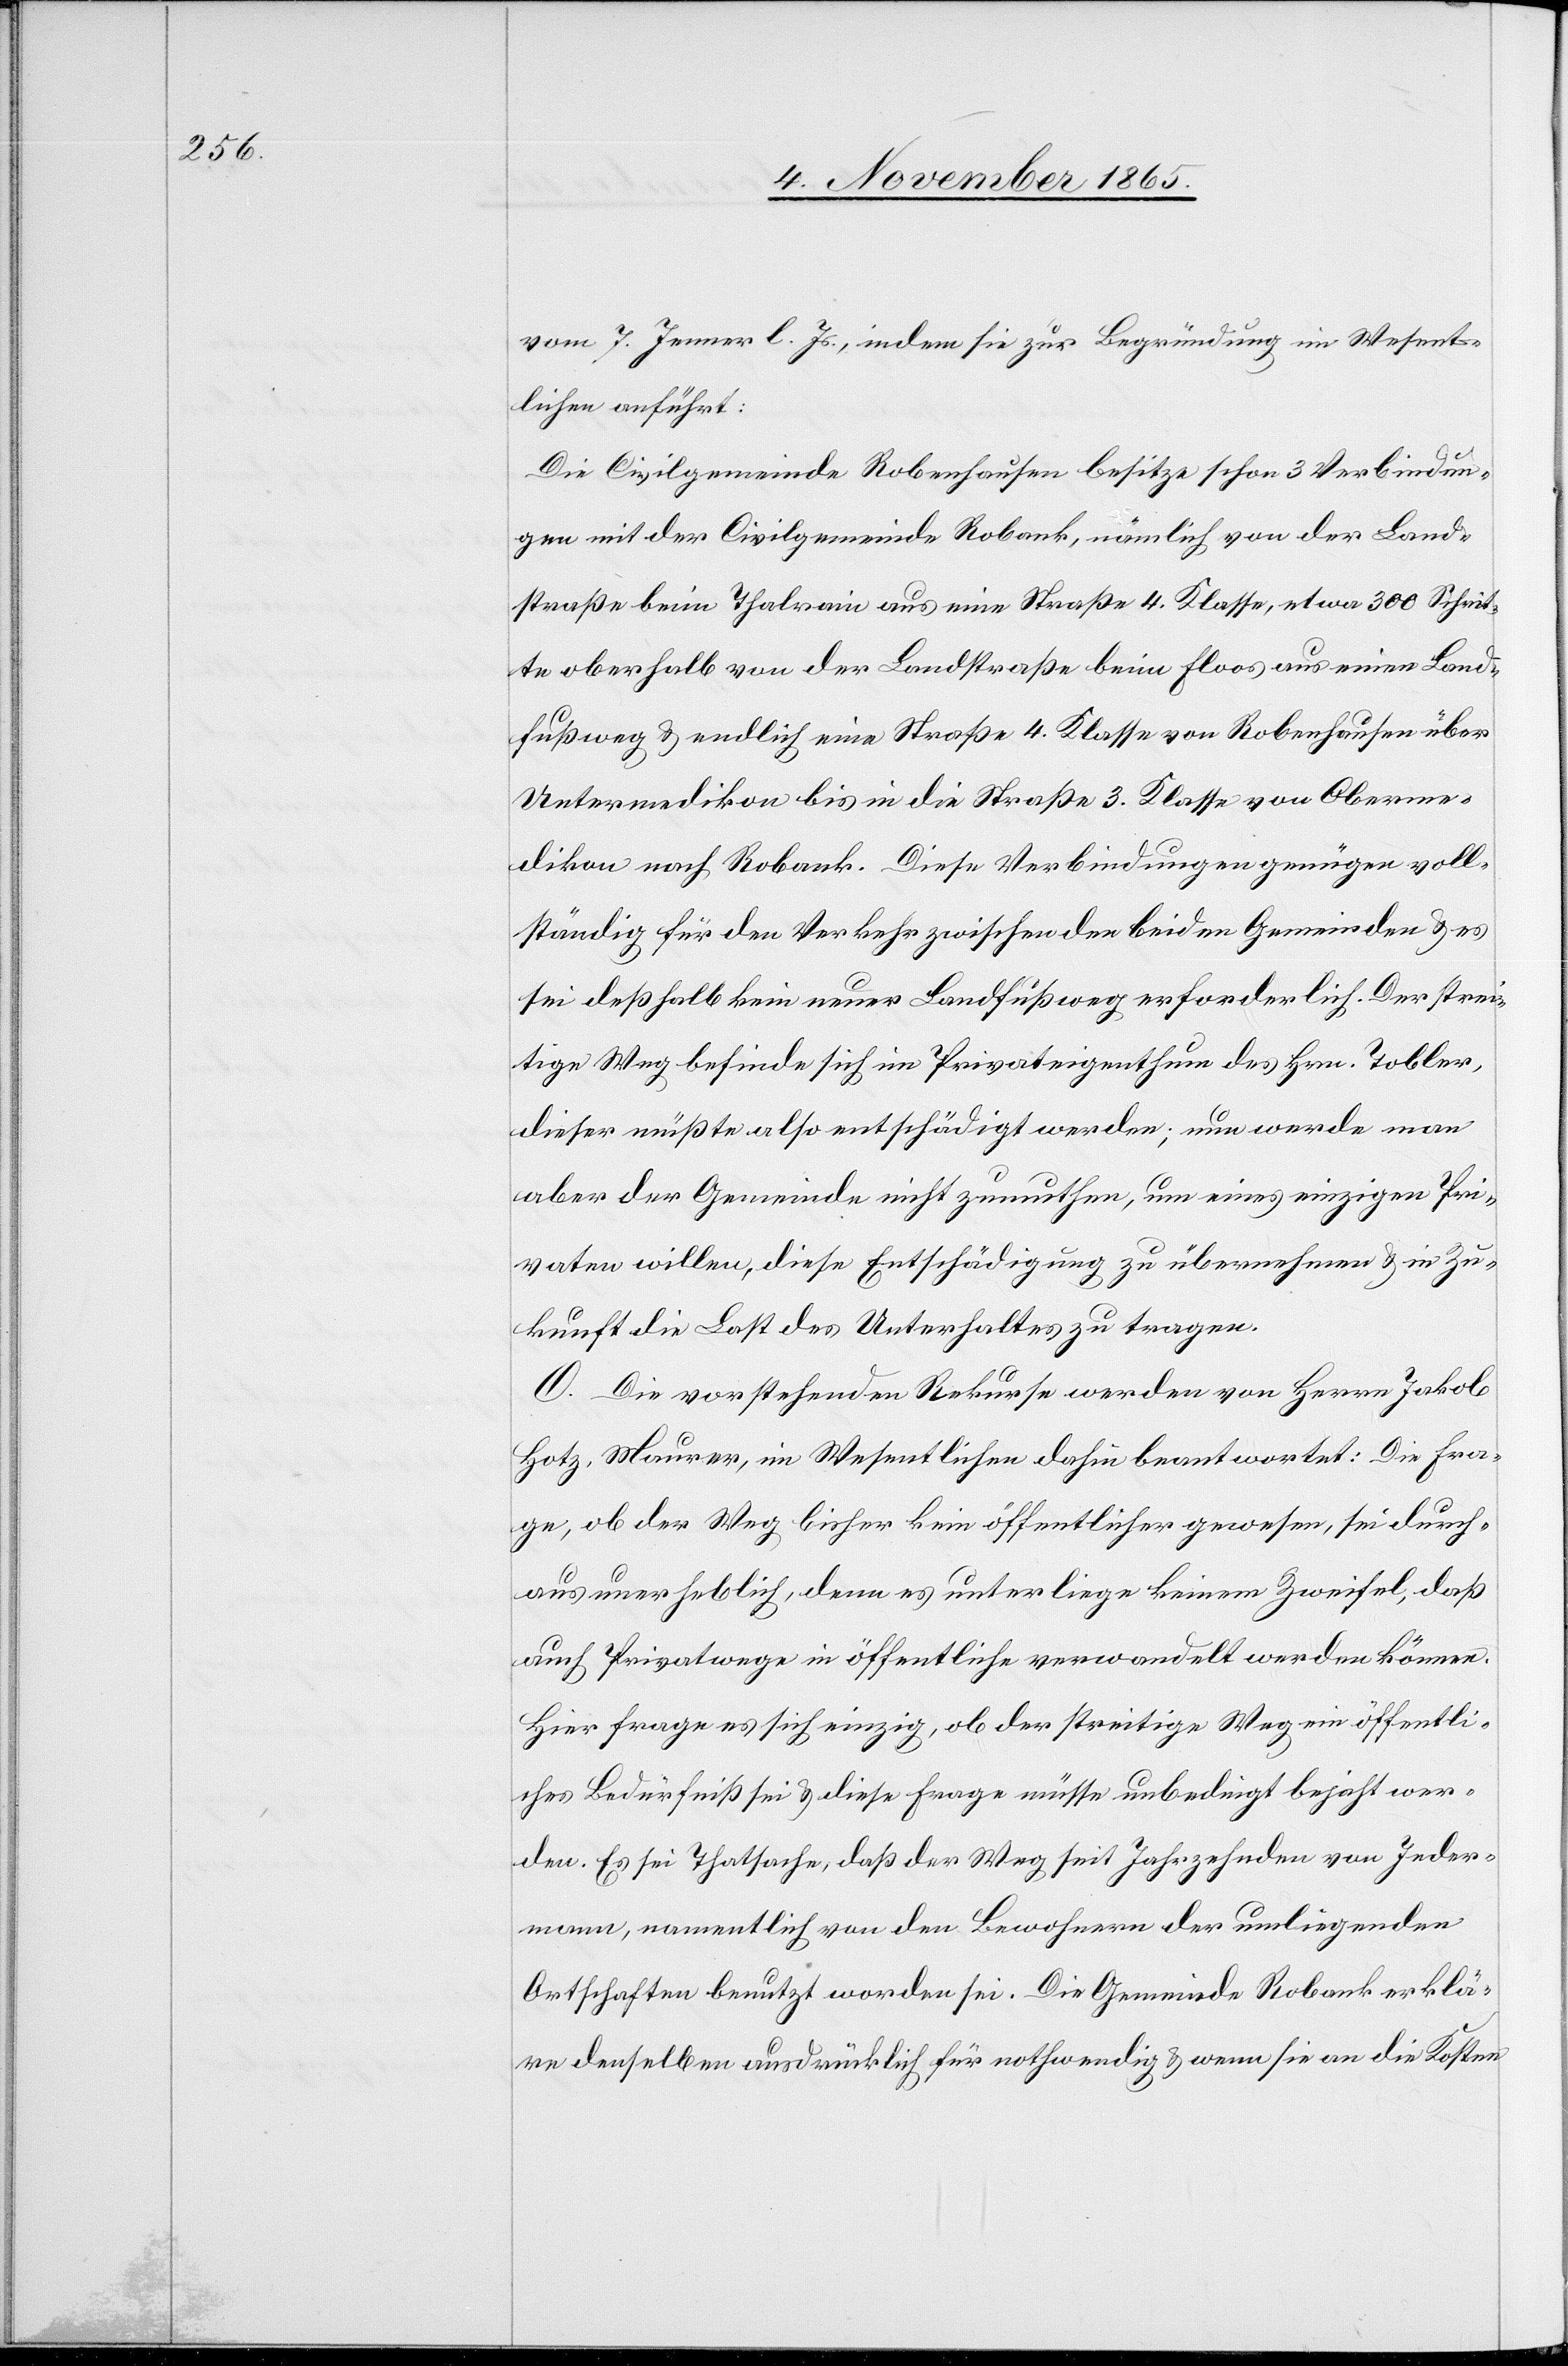
vom 7. Januar l. Js., indem sie zur Begründung im Wesent¬
lichen anführt:
Die Civilgemeinde Robenhausen besitze schon 3 Verbindun¬
gen mit der Civilgemeinde Robank, nämlich von der Land¬
straße beim Thalrain aus eine Straße 4. Klasse, etwa 300 Schrit¬
te oberhalb von der Landstraße beim Floos aus einen Land¬
fußweg & endlich eine Straße 4. Klasse von Robenhausen über
Untermedikon bis in die Straße 3. Klasse von Oberme¬
dikon nach Robank. Diese Verbindungen genügen voll¬
ständig für den Verkehr zwischen den beiden Gemeinden & es
sei deßhalb kein neuer Landfußweg erforderlich. Der strei¬
tige Weg befinde sich im Privateigenthum des Hrn. Tobler,
dieser müßte also entschädigt werden; nun werde man
aber der Gemeinde nicht zumuthen, um eines einzigen Pri¬
vaten willen, diese Entschädigung zu übernehmen & in Zu¬
kunft die Last des Unterhaltes zu tragen.
O. Die vorstehenden Rekurse werden von Herrn Jakob
Hotz, Maurer, im Wesentlichen dahin beantwortet: Die Fra¬
ge, ob der Weg bisher kein öffentlicher gewesen, sei durch¬
aus unerheblich, denn es unterliege keinem Zweifel, daß
auch Privatwege in öffentliche verwandelt werden können.
Hier frage sich einzig, ob der streitige Weg ein öffentli¬
ches Bedürfniß sei & diese Frage müsse unbedingt bejaht wer¬
den. Es sei Thatsache, daß der Weg seit Jahrzehnden [sic!] von Jeder¬
mann, namentlich von den Bewohnern der umliegenden
Ortschaften benutzt worden sei. Die Gemeinde Robank erklä¬
re denselben ausdrücklich für nothwendig & wenn sie an die Kosten